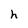
Character: h